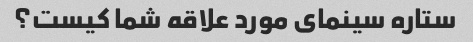
ستاره سینمای مورد علاقه شما کیست؟